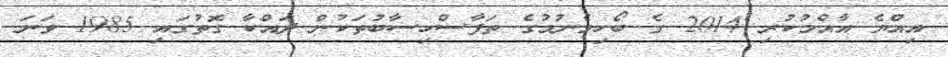
އިއްޔެ އާއްމުކުރި 2014 ގެ ބޯހިމެނުމުގެ ތަފާސްހިސާބުތަކުން ދައްކާ ގޮތުގައި 1985 ވަނަ